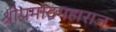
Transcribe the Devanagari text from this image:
श्रीप्रमोदमहाराज